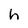
Character: h